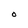
Character: O